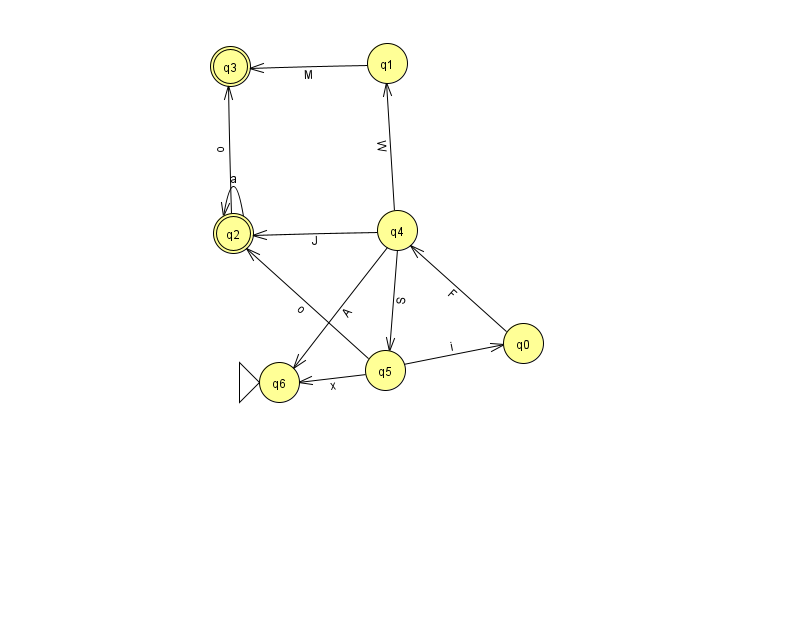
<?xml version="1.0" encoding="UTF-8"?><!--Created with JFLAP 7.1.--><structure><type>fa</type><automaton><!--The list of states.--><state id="0" name="q0"><x>523.0</x><y>330.0</y></state><state id="1" name="q1"><x>387.0</x><y>50.0</y></state><state id="2" name="q2"><x>233.0</x><y>220.0</y><final/></state><state id="3" name="q3"><x>230.0</x><y>53.0</y><final/></state><state id="4" name="q4"><x>397.0</x><y>217.0</y></state><state id="5" name="q5"><x>385.0</x><y>357.0</y></state><state id="6" name="q6"><x>279.0</x><y>369.0</y><initial/></state><!--The list of transitions.--><transition><from>2</from><to>2</to><read>a</read></transition><transition><from>0</from><to>4</to><read>F</read></transition><transition><from>4</from><to>6</to><read>A</read></transition><transition><from>5</from><to>2</to><read>o</read></transition><transition><from>4</from><to>2</to><read>J</read></transition><transition><from>4</from><to>5</to><read>S</read></transition><transition><from>4</from><to>1</to><read>W</read></transition><transition><from>5</from><to>6</to><read>x</read></transition><transition><from>2</from><to>3</to><read>o</read></transition><transition><from>1</from><to>3</to><read>M</read></transition><transition><from>5</from><to>0</to><read>i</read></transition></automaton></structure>